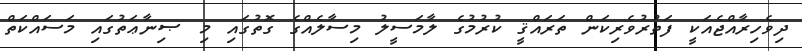
ދިވެހިރާއްޖެއަކީ ފަތުރުވެރިކަން ތަރައްޤީ ކުރުމުގެ ލާމަސީލު މިސާލެއްގެ ގޮތުގައި މި ޞިނާޢަތުގައި މަސައްކަތް